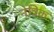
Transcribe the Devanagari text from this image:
नेत्रिक